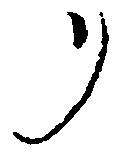
リ